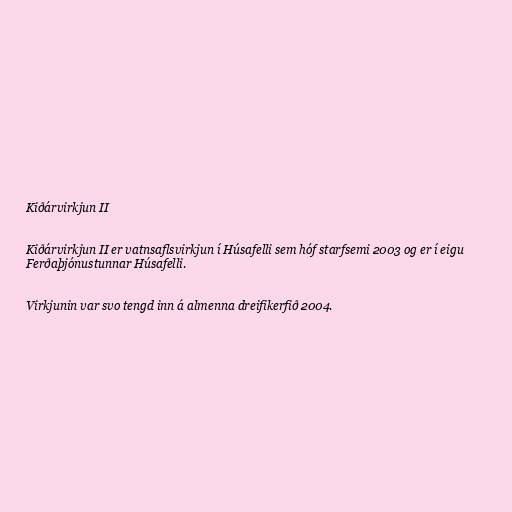
Kiðárvirkjun II

Kiðárvirkjun II er vatnsaflsvirkjun í Húsafelli sem hóf starfsemi 2003 og er í eigu
Ferðaþjónustunnar Húsafelli.

Virkjunin var svo tengd inn á almenna dreifikerfið 2004.